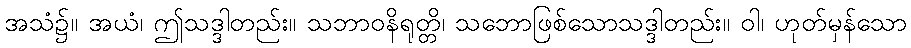
အသံ၌။ အယံ၊ ဤသဒ္ဒါတည်း။ သဘာဝနိရုတ္တိ၊ သဘောဖြစ်သောသဒ္ဒါတည်း။ ဝါ၊ ဟုတ်မှန်သော